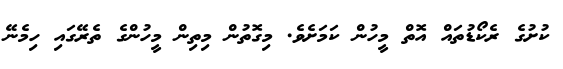
ކުށުގެ ރެކޯޑުތައް އޮތް މީހުން ކަމަށެވެ. މިގޮތުން މިތިން މީހުންގެ ތެރޭގައި ހިމެނޭ